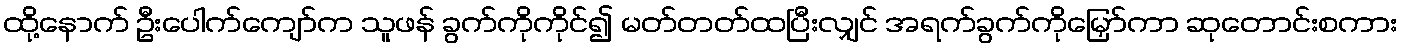
ထို့နောက် ဦးပေါက်ကျော်က သူဖန် ခွက်ကိုကိုင်၍ မတ်တတ်ထပြီးလျှင် အရက်ခွက်ကိုမြှော်ကာ ဆုတောင်းစကား